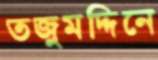
তজুমদ্দিনে